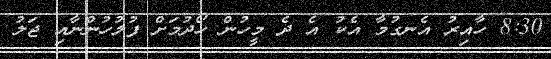
8:30 ހާއިރު އެނގުމާ އެކު އެ ދެ މީހުން ހޯދުމަށް ފުލުހުންނާއި ޖަލު